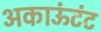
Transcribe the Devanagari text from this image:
अकाऊंटंट